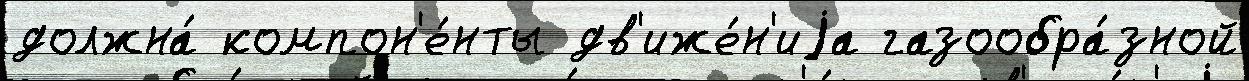
должна́ компон'е́нты дв'иже́н'иjа газообра́зной